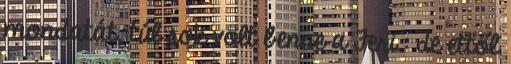
mondatát, túl sok volt benne a Feri.: de ettől